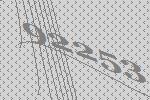
92253